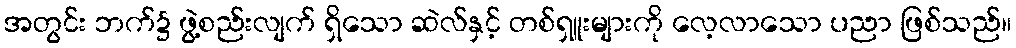
အတွင်း ဘက်၌ ဖွဲ့စည်းလျက် ရှိသော ဆဲလ်နှင့် တစ်ရှူးများကို လေ့လာသော ပညာ ဖြစ်သည်။